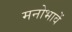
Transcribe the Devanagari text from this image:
मनोभावें